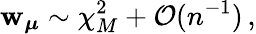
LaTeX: \mathbf{w}_{\boldsymbol{\mu}}\sim\chi_{M}^{2}+\mathcal{{O}}(n^{-1})\, ,